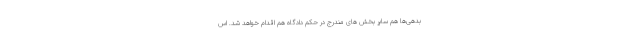
بدهی‌ها هم سایر بخش های مندرج در حکم دادگاه هم اقدام خواهد شد. اس